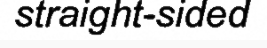
straight-sided